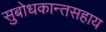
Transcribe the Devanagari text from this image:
सुबोधकान्तसहाय